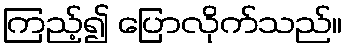
ကြည့်၍ ပြောလိုက်သည်။